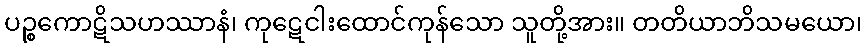
ပဉ္စကောဋိသဟဿာနံ၊ ကုဋေငါးထောင်ကုန်သော သူတို့အား။ တတိယာဘိသမယော၊